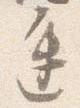
進